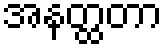
အနတ္ထတာ